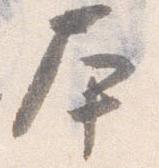
本